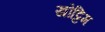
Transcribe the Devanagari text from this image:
खोट्टिम